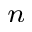
_ n